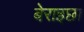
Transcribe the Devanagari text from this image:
बेराइछा